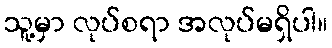
သူ့မှာ လုပ်စရာ အလုပ်မရှိပါ။